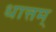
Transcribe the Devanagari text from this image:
धात्तम्‌